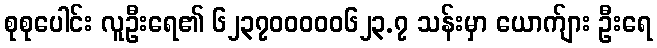
စုစုပေါင်း လူဦးရေ၏ ၆၂၃၇၀၀၀၀၀၆၂၃.၇ သန်းမှာ ယောက်ျား ဦးရေ